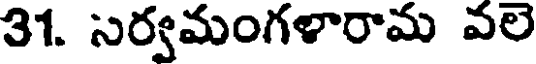
31. సర్వమంగళారామ వలె